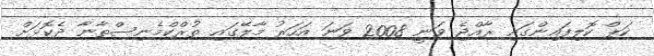
ކަޕް ކޮލިފައިންގައި ރާއްޖެ ވަނީ 2008 ވަނަ އަހަރު މާލޭގައި ތުރްކްމެނިސްތާނާ ދެކޮޅަށް